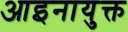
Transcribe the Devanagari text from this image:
आइनायुक्त